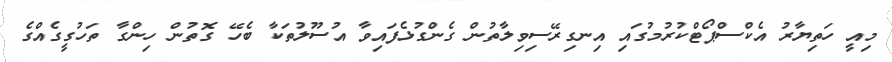
މިއީ ހަތިޔާރު އެކްސްޕޯޓްކުރުމުގައި އިނގިރޭސިވިލާތުން ގެންގުޅެފައިވާ އުސޫލުތަކާ ބެހޭ ގޮތުން ހިންގާ ތަހުގީގެއްގެ